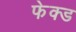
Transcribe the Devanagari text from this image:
फेक्ड